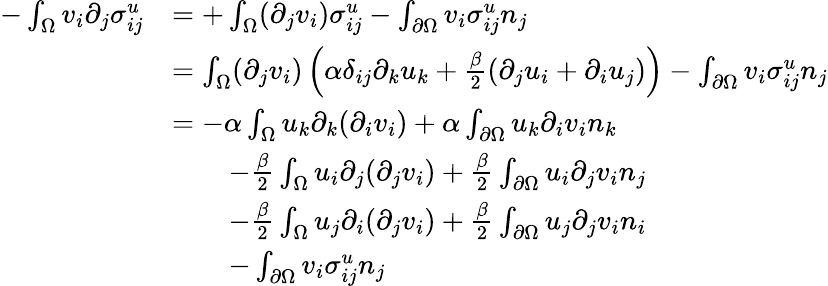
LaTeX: \begin{array}{rl}{-\int_{\Omega}v_{i}\partial_{j}\sigma_{ij}^{u}}&{=+\int_{\Omega}(\partial_{j}v_{i})\sigma_{ij}^{u}-\int_{\partial\Omega}v_{i}\sigma_{ij}^{u}n_{j}}\\ &{=\int_{\Omega}(\partial_{j}v_{i})\left(\alpha\delta_{ij}\partial_{k}u_{k}+\frac{\beta}{2}(\partial_{j}u_{i}+\partial_{i}u_{j})\right)-\int_{\partial\Omega}v_{i}\sigma_{ij}^{u}n_{j}}\\ &{=-\alpha\int_{\Omega}u_{k}\partial_{k}(\partial_{i}v_{i})+\alpha\int_{\partial\Omega}u_{k}\partial_{i}v_{i}n_{k}}\\ &{\quad\quad-\frac{\beta}{2}\int_{\Omega}u_{i}\partial_{j}(\partial_{j}v_{i})+\frac{\beta}{2}\int_{\partial\Omega}u_{i}\partial_{j}v_{i}n_{j}}\\ &{\quad\quad-\frac{\beta}{2}\int_{\Omega}u_{j}\partial_{i}(\partial_{j}v_{i})+\frac{\beta}{2}\int_{\partial\Omega}u_{j}\partial_{j}v_{i}n_{i}}\\ &{\quad\quad-\int_{\partial\Omega}v_{i}\sigma_{ij}^{u}n_{j}}\end{array}